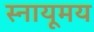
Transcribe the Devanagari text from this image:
स्नायूमय